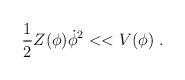
LaTeX: \begin{align*}\frac{1}{2} Z (\phi) \dot{\phi}^2 << V(\phi) ~.\end{align*}